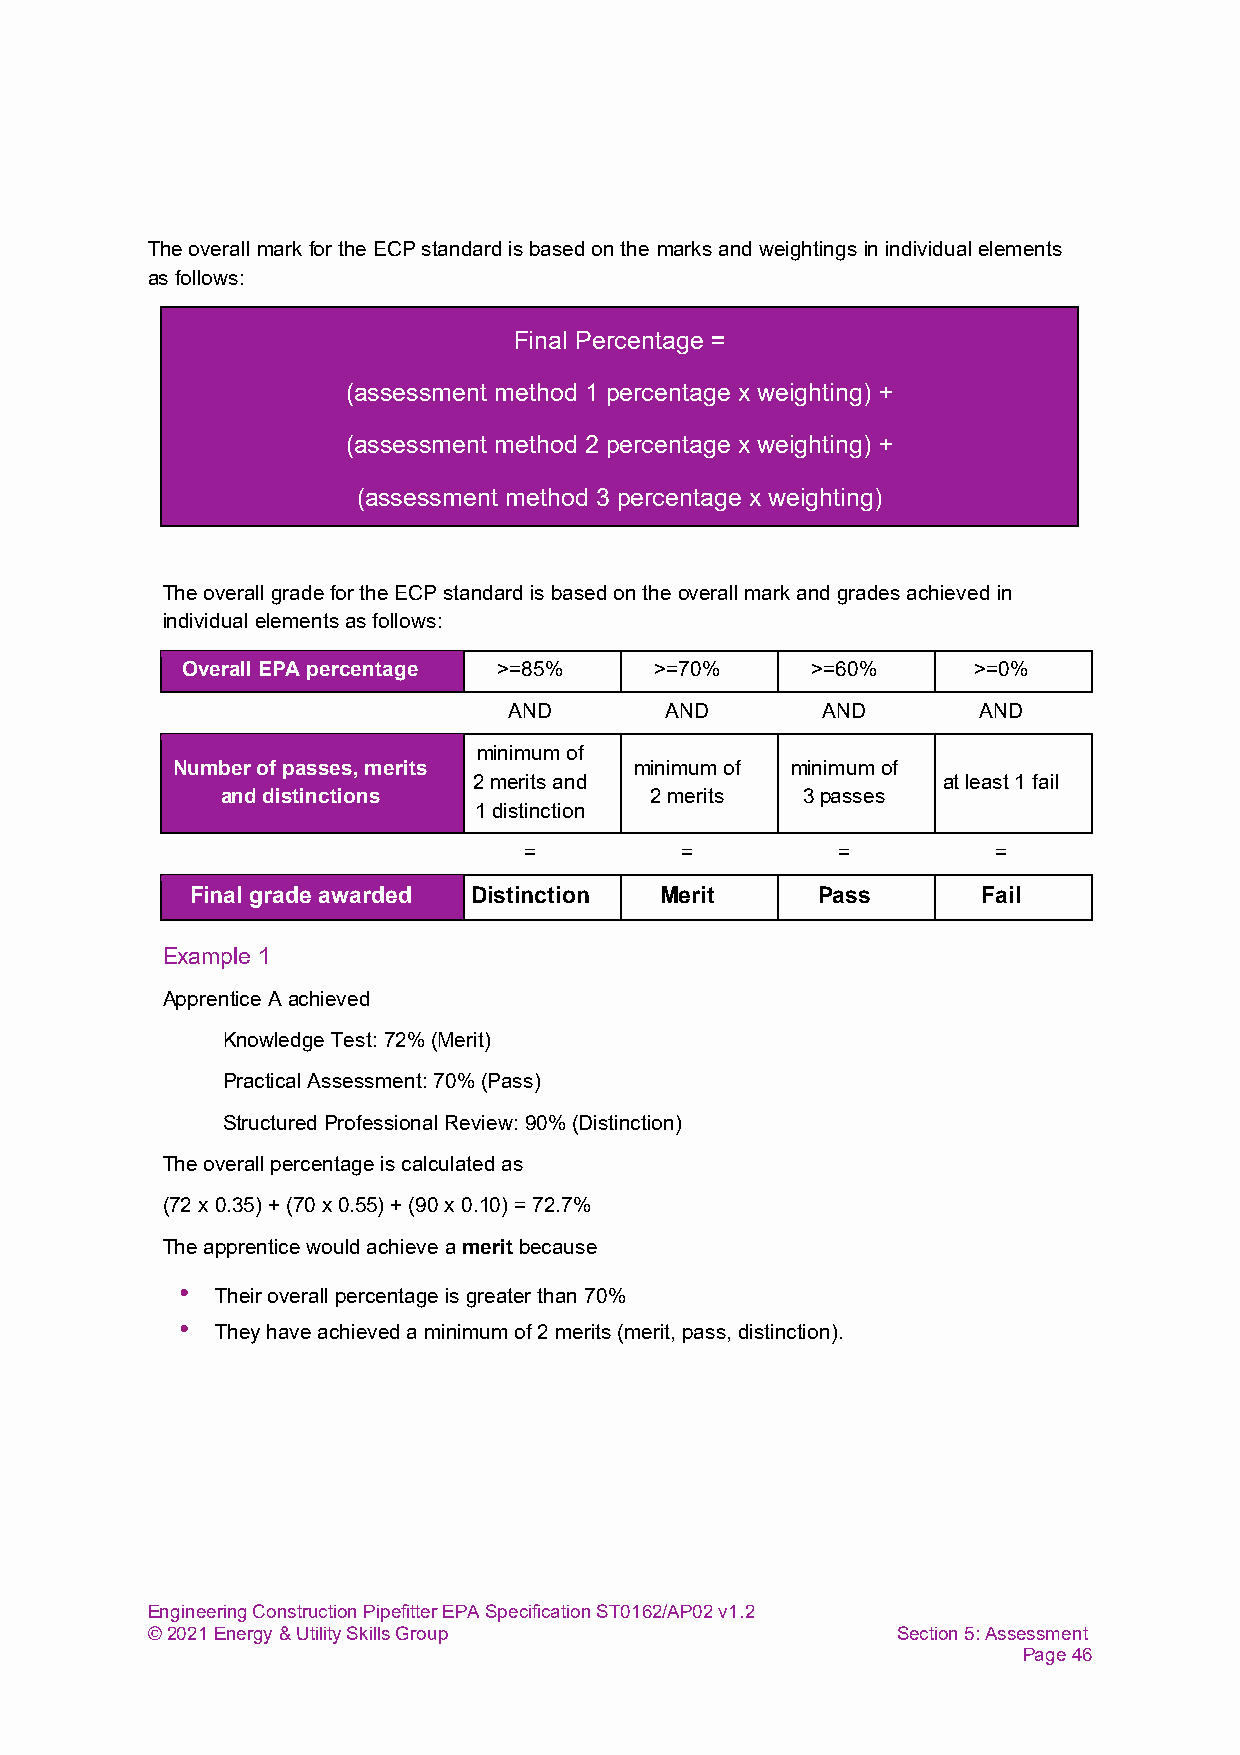
The overall mark for the ECP standard is based on the marks and weightings in individual elements
 as follows:
 Final Percentage =
 (assessment method 1 percentage x weighting) +
 (assessment method 2 percentage x weighting) +
 (assessment method 3 percentage x weighting)
 The overall grade for the ECP standard is based on the overall mark and grades achieved in
 individual elements as follows:
 Overall EPA percentage >=85%   >=70%      >=60%     >=0%
 AND       AND       AND        AND
 minimum of
 Number of passes, merits       minimum of minimum of
 2 merits and                   at least 1 fail
 and distinctions            2 merits  3 passes
 1 distinction
 =         =         =          =
 Final grade awarded Distinction Merit    Pass       Fail
 Example 1
 Apprentice A achieved
 Knowledge Test: 72% (Merit)
 Practical Assessment: 70% (Pass)
 Structured Professional Review: 90% (Distinction)
 The overall percentage is calculated as
 (72 x 0.35) + (70 x 0.55) + (90 x 0.10) = 72.7%
 The apprentice would achieve a merit because
 • Their overall percentage is greater than 70%
 • They have achieved a minimum of 2 merits (merit, pass, distinction).
 Engineering Construction Pipefitter EPA Specification ST0162/AP02 v1.2
 © 2021 Energy & Utility Skills Group             Section 5: Assessment
 Page 46